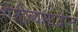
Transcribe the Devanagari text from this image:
शेतीव्यसायात